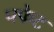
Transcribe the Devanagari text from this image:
पफेट